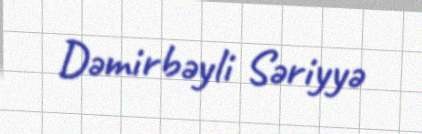
Dəmirbəyli Səriyyə